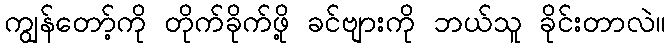
ကျွန်တော့်ကို တိုက်ခိုက်ဖို့ ခင်ဗျားကို ဘယ်သူ ခိုင်းတာလဲ။